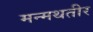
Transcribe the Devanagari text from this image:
मन्मथतीर